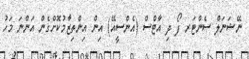
ނޭޝަނަލް ސެންޓަރ ފޯ ދި އާޓްސް (އެންސީއޭ) އިން އިންތިޒާމުކޮށްގެން އަންނަ މަހު